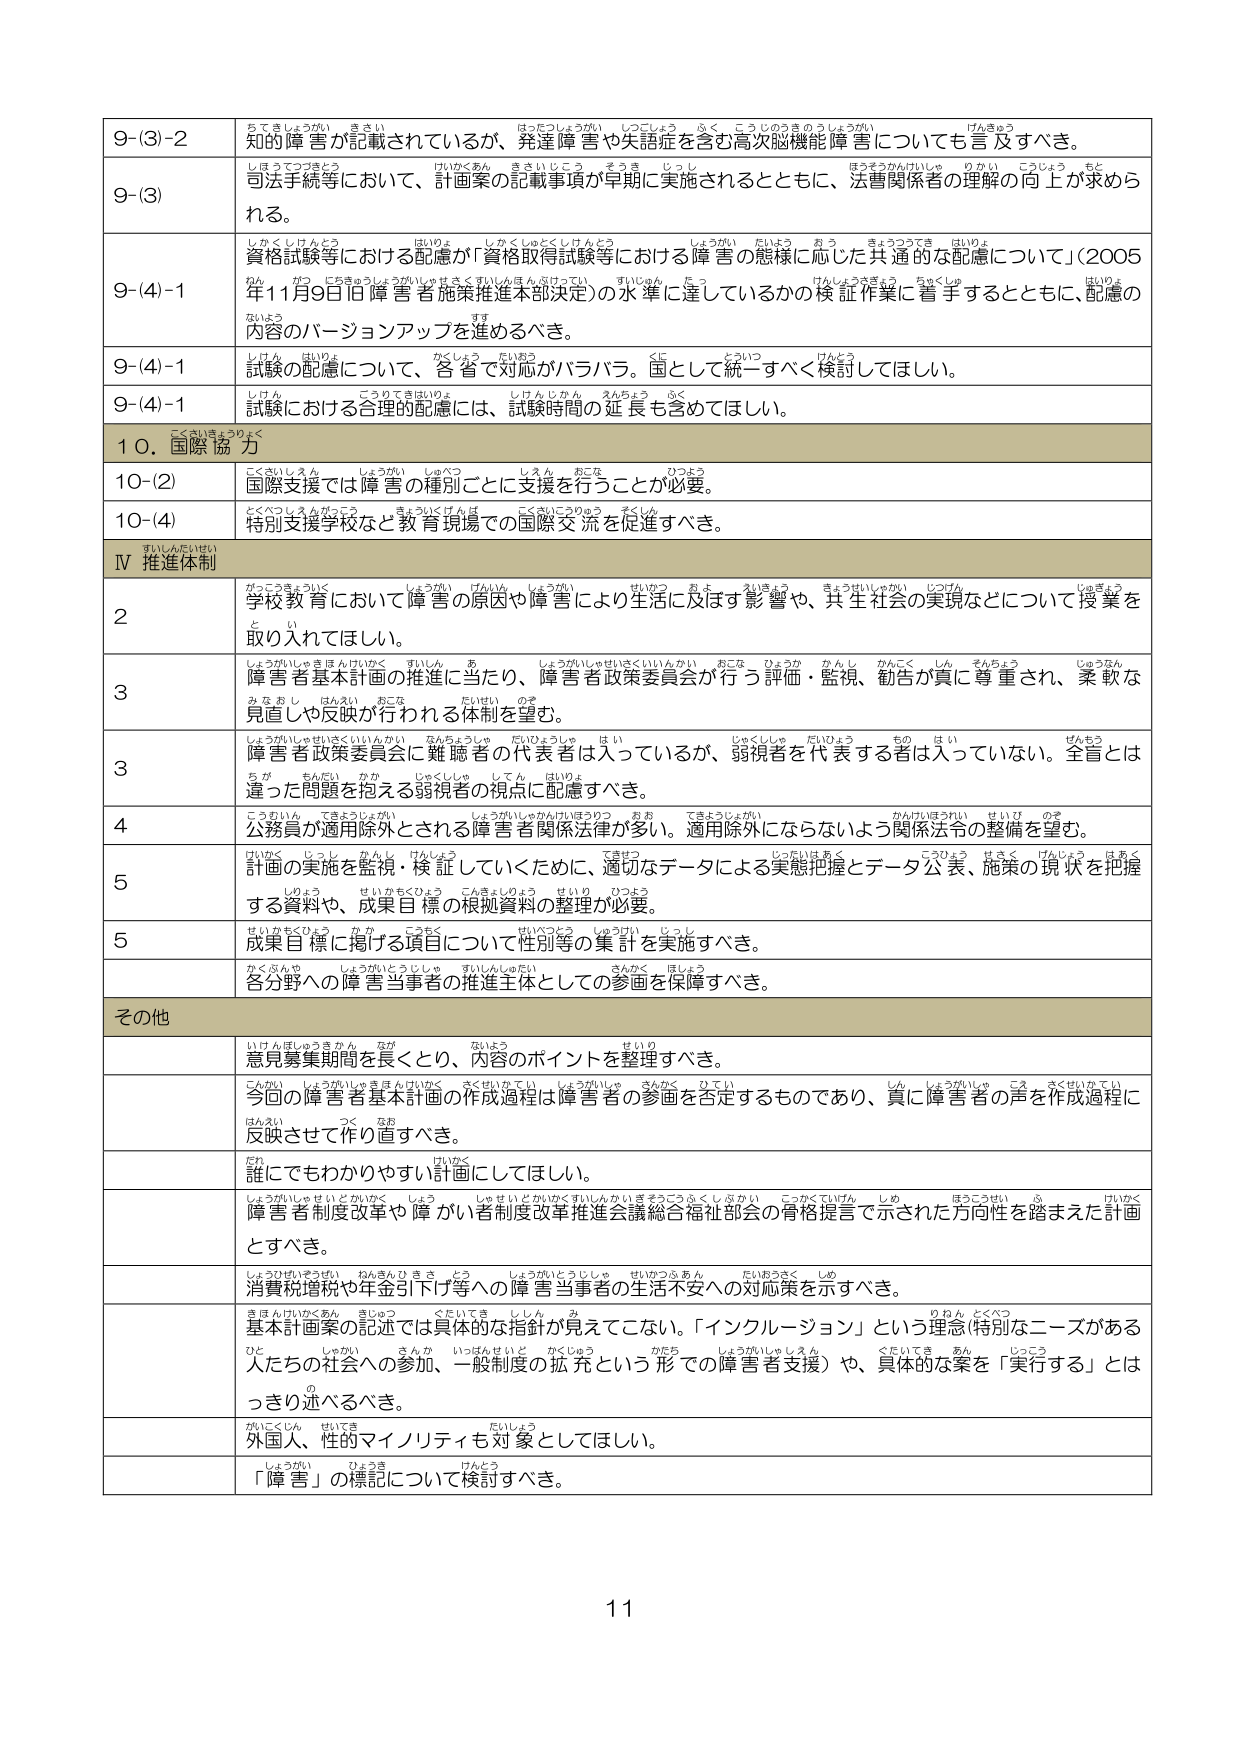
9-(3)-2 知的障害が記載されているが、発達障害や失語症を含む高次脳機能障害についても言及すべき。
9-(3) 司法手続等において、計画案の記載事項が早期に実施されるとともに、法曹関係者の理解の向上が求められる。
9-(4)-1 資格試験等における配慮が「資格取得試験における障害の態様に応じた共通的な配慮について」（2005年11月9日旧障害者施策推進本部決定）の水準に達しているかの検証作業に着手するとともに、配慮の内容のバージョンアップを進めるべき。
9-(4)-1 試験の配慮について、各省で対応がバラバラ。国として統一すべく検討してほしい。
9-(4)-1 試験における合理的配慮には、試験時間の延長も含めてほしい。
10. 国際協力
10-(2) 国際支援では障害の種別ごとに支援を行うことが必要。
10-(4) 特別支援学校など教育現場での国際交流を促進すべき。
Ⅳ 推進体制
2 学校教育において障害の原因や障害により生活に及ぼす影響、共生社会の実現などについて授業を取り入れてほしい。
3 障害者基本計画の推進に当たり、障害者政策委員会が行う評価・監視、勧告が真に尊重され、柔軟な見直しや反映が行われる体制を望む。
3 障害者政策委員会に難聴者の代表者は入っているが、弱視者を代表する者は入っていない。全盲とは違った問題を抱える弱視者の視点に配慮すべき。
4 公務員が適用除外とされる障害者関係法律が多。適用除外にならないよう関係法令の整備を望む。
5 計画の実施を監視・検証していくために、適切なデータによる実態把握とデータ公表、施策の現状を把握する資料や、成果目標の根拠資料の整理が必要。
5 成果目標に掲げる項目について性別等の集計を実施すべき。
各分野への障害当事者の推進主体としての参画を保障すべき。
その他
意見募集期間を長くとり、内容のポイントを整理すべき。
今回の障害者基本計画の作成過程は障害者の参画を否定するものであり、真に障害者の声を作成過程に反映させて作り直すべき。
誰にでもわかりやすい計画にしてほしい。
障害者制度改革や障がい者制度改革推進会議総合福祉部会の骨格提言で示された方向性を踏まえた計画とすべき。
消費税増税や年金引下げ等への障害当事者の生活不安への対応策を示すべき。
基本計画案の記述では具体的な指針が見えてこない。「インクルージョン」という理念（特別なニーズがある人たちの社会への参加、一般制度の拡充という形での障害者支援）や、具体的な策を「実行する」とはっきり述べるべき。
外国人、性的マイノリティを対象としてほしい。
「障害」の標記について検討すべき。
11